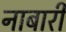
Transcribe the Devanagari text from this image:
नाबारी